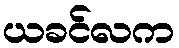
ယခင်လက